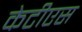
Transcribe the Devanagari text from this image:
केटीएस